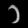
Digit: ၁